Madras plague regulations and rules - Volume 2
Disease focus: Plague
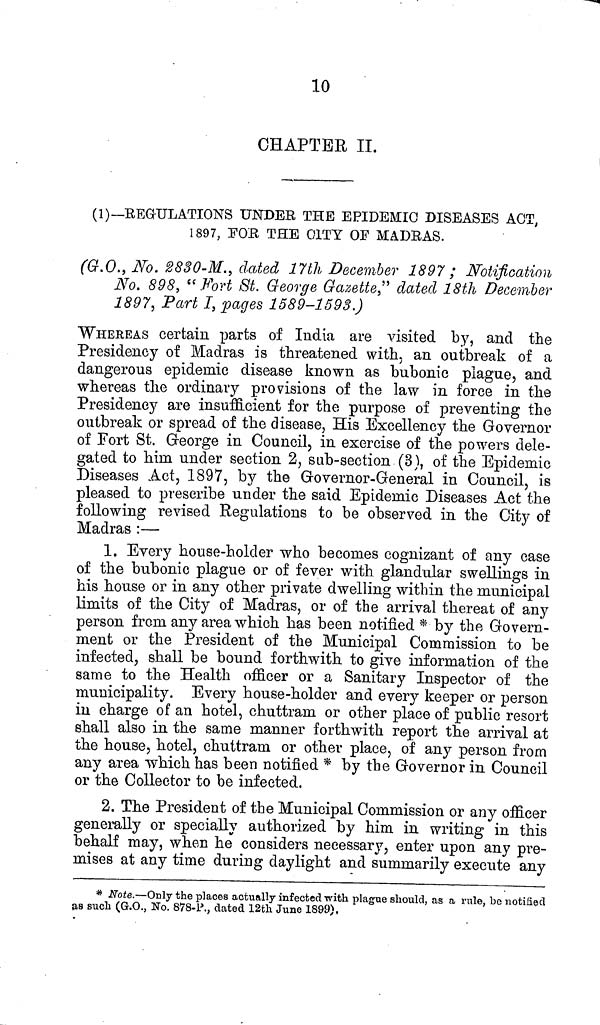
10
CHAPTER II.
(1)—REGULATIONS UNDER THE EPIDEMIC DISEASES ACT,
1897, FOR THE CITY OF MADRAS.
(G.O., No. 2830-M., dated 17th December 1897 ; Notification
No. 898, "Fort St. George Gazette" dated 18th December
1897, Part I, pages 1589-1593.)
WHEREAS certain parts of India are visited by, and the
Presidency of Madras is threatened with, an outbreak of a
dangerous epidemic disease known as bubonic plague, and
whereas the ordinary provisions of the law in force in the
Presidency are insufficient for the purpose of preventing the
outbreak or spread of the disease, His Excellency the Governor
of Fort St. George in Council, in exercise of the powers dele-
gated to him under section 2, sub-section (3), of the Epidemic
Diseases Act, 1897, by the Governor-General in Council, is
pleased to prescribe under the said Epidemic Diseases Act the
following revised Regulations to be observed in the City of
Madras :—
1. Every house-holder who becomes cognizant of any case
of the bubonic plague or of fever with glandular swellings in
his house or in any other private dwelling within the municipal
limits of the City of Madras, or of the arrival thereat of any
person from any area which has been notified * by the Govern-
ment or the President of the Municipal Commission to be
infected, shall be bound forthwith to give information of the
same to the Health officer or a Sanitary Inspector of the
municipality. Every house-holder and every keeper or person
in charge of an hotel, chuttrarn or other place of public resort
shall also in the same manner forthwith report the arrival at
the house, hotel, chuttram or other place, of any person from
any area which has been notified * by the Governor in Council
or the Collector to be infected.
2. The President of the Municipal Commission or any officer
generally or specially authorized by him in writing in this
behalf may, when he considers necessary, enter upon any pre-
mises at any time during daylight and summarily execute any
* Note.—Only the places actually infected with plague should, as a rule, be notified
as such (G.O., No. 878-P., dated 12th June 1899),